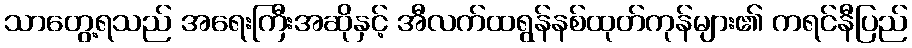
သာတွေ့ရသည် အရေးကြီးအဆိုနှင့် အီလက်ထရွန်နစ်ထုတ်ကုန်များ၏ ကရင်နီပြည်